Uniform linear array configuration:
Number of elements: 64
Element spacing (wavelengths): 0.5
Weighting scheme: uniform
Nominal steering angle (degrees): -60
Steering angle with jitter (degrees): -61.168
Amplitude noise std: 0.05
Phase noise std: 0.05

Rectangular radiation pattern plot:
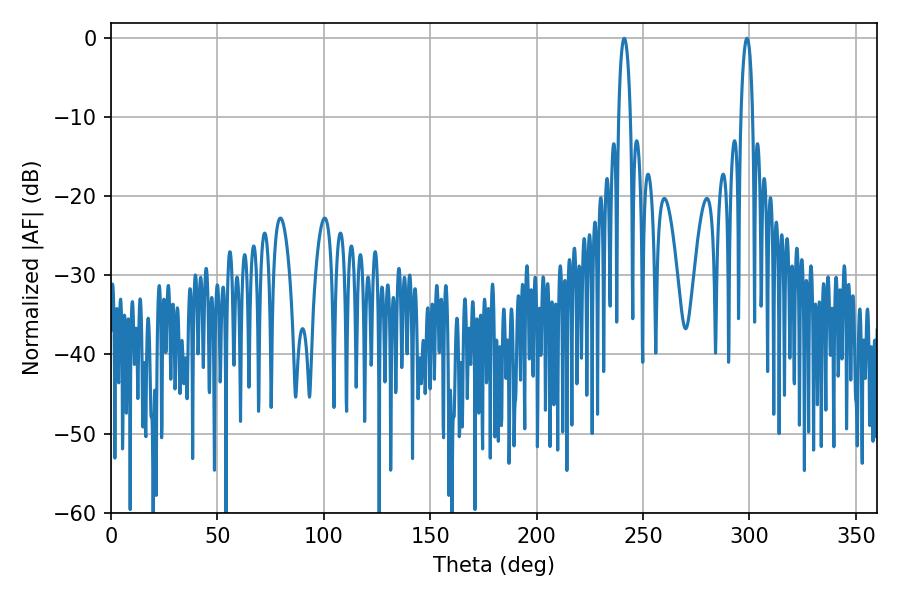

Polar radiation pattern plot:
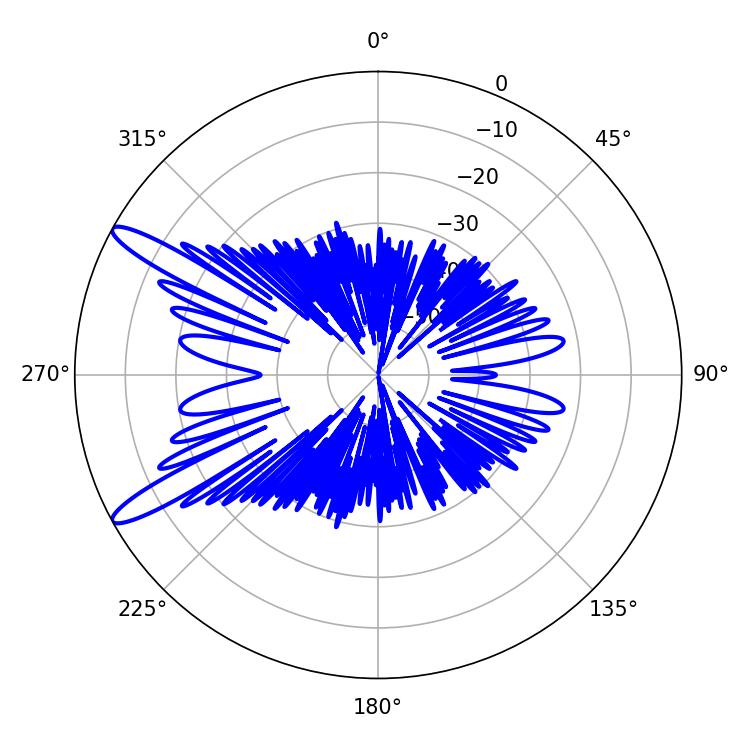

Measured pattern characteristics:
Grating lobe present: FALSE
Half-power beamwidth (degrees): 3.24
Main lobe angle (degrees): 298.8